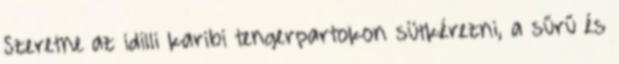
Szeretne az idilli karibi tengerpartokon sütkérezni, a sűrű és